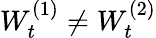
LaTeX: W_{t}^{(1)}\neq W_{t}^{(2)}